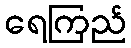
ရေကြည်